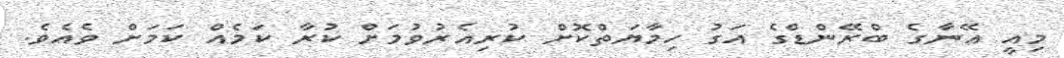
މިއީ އޭނާގެ ބްރޭންޑްގެ އަގު ހިމާޔަތްކޮށް ކުރިއެރުވުމަށް ކުރާ ކަމެއް ކަމަށް ވެއެވެ.